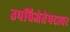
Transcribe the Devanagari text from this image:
उपविजेतेपदावर